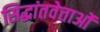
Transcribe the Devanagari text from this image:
सिद्धांतवेत्ताओं